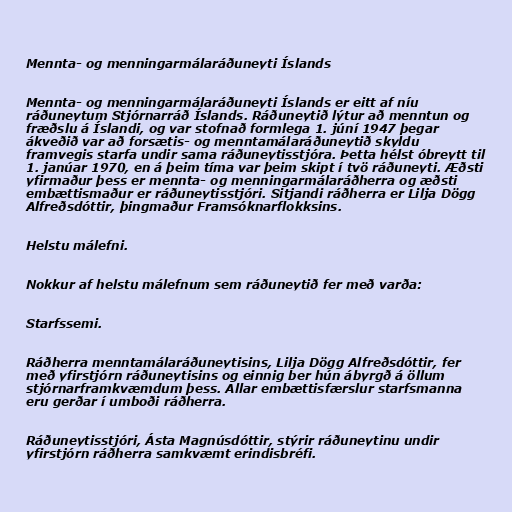
Mennta- og menningarmálaráðuneyti Íslands

Mennta- og menningar­mála­ráðuneyti Íslands er eitt af níu
ráðuneytum Stjórnarráð Íslands. Ráðuneytið lýtur að menntun og
fræðslu á Íslandi, og var stofnað formlega 1. júní 1947 þegar
ákveðið var að forsætis- og menntamálaráðuneytið skyldu
framvegis starfa undir sama ráðuneytisstjóra. Þetta hélst óbreytt til
1. janúar 1970, en á þeim tíma var þeim skipt í tvö ráðuneyti. Æðsti
yfirmaður þess er mennta- og menningarmálaráðherra og æðsti
embættismaður er ráðuneytisstjóri. Sitjandi ráðherra er Lilja Dögg
Alfreðsdóttir, þingmaður Framsóknarflokksins.

Helstu málefni.

Nokkur af helstu málefnum sem ráðuneytið fer með varða:

Starfssemi.

Ráðherra menntamálaráðuneytisins, Lilja Dögg Alfreðsdóttir, fer
með yfirstjórn ráðuneytisins og einnig ber hún ábyrgð á öllum
stjórnarframkvæmdum þess. Allar embættisfærslur starfsmanna
eru gerðar í umboði ráðherra.

Ráðuneytisstjóri, Ásta Magnúsdóttir, stýrir ráðuneytinu undir
yfirstjórn ráðherra samkvæmt erindisbréfi.